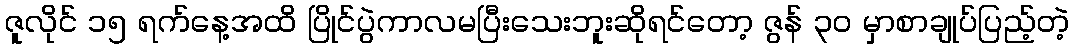
ဇူလိုင် ၁၅ ရက်နေ့အထိ ပြိုင်ပွဲကာလမပြီးသေးဘူးဆိုရင်တော့ ဇွန် ၃၀ မှာစာချုပ်ပြည့်တဲ့